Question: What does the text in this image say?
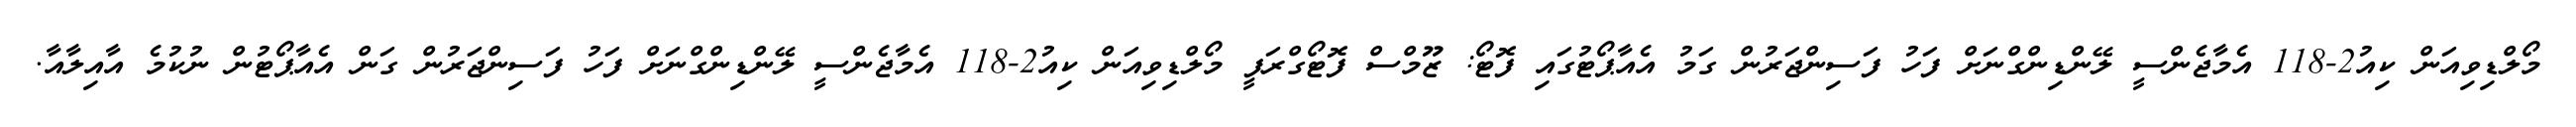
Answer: މޯލްޑިވިއަން ކިއު2-118 އެމާޖެންސީ ލޭންޑިންގްނަށް ފަހު ފަސިންޖަރުން ގަމު އެއާޕޯޓުގައި ފޮޓޯ: ޒޫމްސް ފޮޓޯގްރަފީ މޯލްޑިވިއަން ކިއު2-118 އެމާޖެންސީ ލޭންޑިންގްނަށް ފަހު ފަސިންޖަރުން ގަން އެއާޕޯޓުން ނުކުމެ އާއިލާއާ.